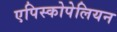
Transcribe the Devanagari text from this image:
एपिस्कोपेलियन